Resolution. No. 1369 Ex.
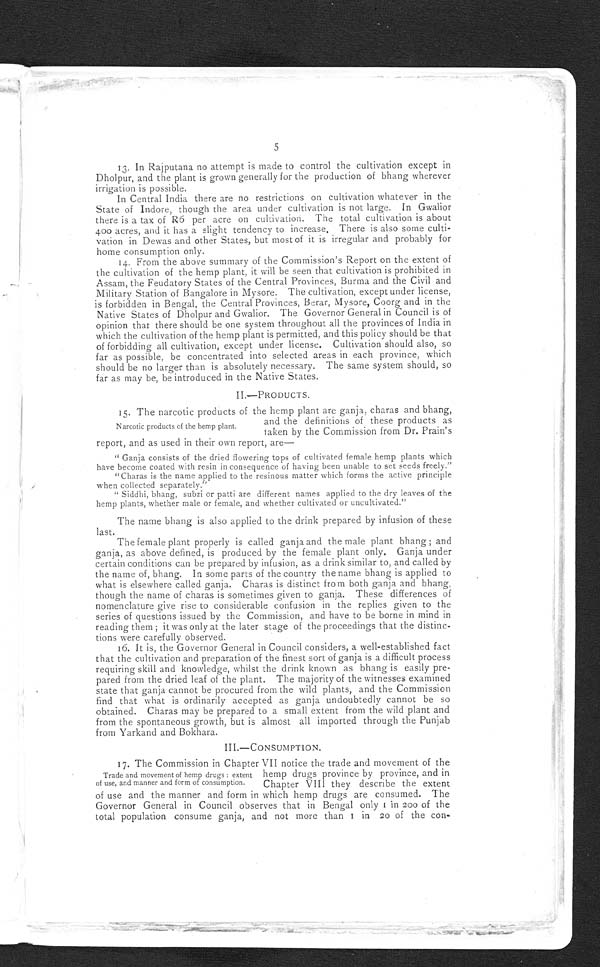
5
13. In Rajputana no attempt is made to control the cultivation except in
Dholpur, and the plant is grown generally for the production of bhang wherever
irrigation is possible.
In Central India there are no restrictions on cultivation whatever in the
State of Indore, though the area under cultivation is not large. In Gwalior
there is a tax of R6 per acre on cultivation. The total cultivation is about
400 acres, and it has a slight tendency to increase, There is also some culti-
vation in Dewas and other States, but most of it is irregular and probably for
home consumption only.
14. From the above summary of the Commission's Report on the extent of
the cultivation of the hemp plant, it will be seen that cultivation is prohibited in
Assam, the Feudatory States of the Central Provinces, Burma and the Civil and
Military Station of Bangalore in Mysore. The cultivation, except under license,
is forbidden in Bengal, the Central Provinces, Berar, Mysore, Coorg and in the
Native States of Dholpur and Gwalior. The Governor General in Council is of
opinion that there should be one system throughout all the provinces of India in
which the cultivation of the hemp plant is permitted, and this policy should be that
of forbidding all cultivation, except under license. Cultivation should also, so
far as possible, be concentrated into selected areas in each province, which
should be no larger than is absolutely necessary. The same system should, so
far as may be, be introduced in the Native States.
II.— PRODUCTS.
15. The narcotic products of the hemp plant are ganja, charas and bhang,
and the definitions of these products as
taken by the Commission from Dr. Prain's
report, and as used in their own report, are
—
"Ganja consists of the dried flowering tops of cultivated female hemp plants which
have become coated with resin in consequence of having been unable to set seeds freely."
"Charas is the name applied to the resinous matter which forms the active principle
when collected separately."
"Siddhi, bhang, subzi or patti are different names applied to the dry leaves of the
hemp plants, whether male or female, and whether cultivated or uncultivated."
The name bhang is also applied to the drink prepared by infusion of these
last.
The female plant properly is called ganja and the male plant bhang; and
ganja, as above defined, is produced by the female plant only. Ganja under
certain conditions can be prepared by infusion, as a drink similar to, and called by
the name of, bhang. In some parts of the country the name bhang is applied to
what is elsewhere called ganja. Charas is distinct from both ganja and bhang,
though the name of charas is sometimes given to ganja. These differences of
nomenclature give rise to considerable confusion in the replies given to the
series of questions issued by the Commission, and have to be borne in mind in
reading them; it was only at the later stage of the proceedings that the distinc--
tions were carefully observed.
16. It is, the Governor General in Council considers, a well-established fact
that the cultivation and preparation of the finest sort of ganja is a difficult process
requiring skill and knowledge, whilst the drink known as bhang is easily pre--
pared from the dried leaf of the plant. The majority of the witnesses examined
state that ganja cannot be procured from the wild plants, and the Commission
find that what is ordinarily accepted as ganja undoubtedly cannot be so
obtained. Charas may be prepared to a small extent from the wild plant and
from the spontaneous growth, but is almost all imported through the Punjab
from Yarkand and Bokhara.
III.—CONSUMPTION.
17. The Commission in Chapter VII notice the trade and movement of the
hemp drugs province by province, and in
Chapter VIII they describe the extent
of use and the manner and form in which hemp drugs are consumed. The
Governor General in Council observes that in Bengal only 1 in 200 of the
total population consume ganja, and not more than 1 in 20 of the con-
Narcotic products of the hemp plant.
Trade and movement of hemp drugs: extent
of use, and manner and form of consumption.